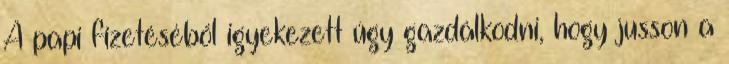
A papi fizetéséből igyekezett úgy gazdálkodni, hogy jusson a